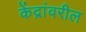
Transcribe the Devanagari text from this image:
केंद्रांवरील